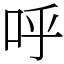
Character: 呼